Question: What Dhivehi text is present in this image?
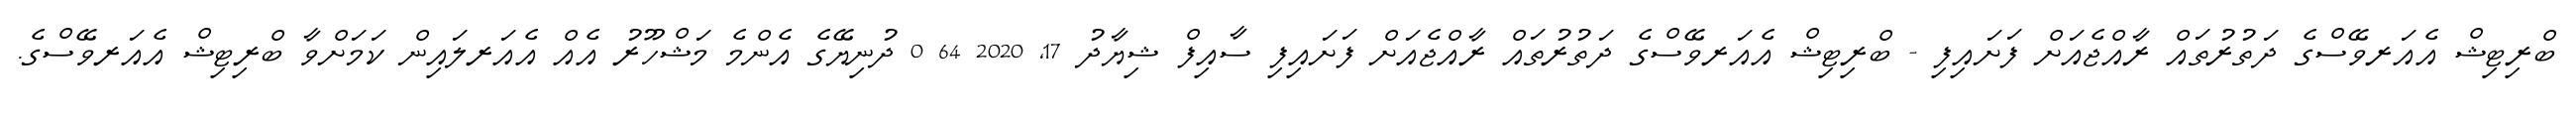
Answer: ބްރިޓިޝް އެއަރވޭސްގެ ދަތުރުތައް ރާއްޖެއަށް ފަށައިފި - ބްރިޓިޝް އެއަރވޭސްގެ ދަތުރުތައް ރާއްޖެއަށް ފަށައިފި ސާއިފް ޝިޔާދު 17, 2020 64 0 ދުނިޔޭގެ އެންމެ މަޝްހޫރު އެއް އެއަރލައިން ކަމަށްވާ ބްރިޓިޝް އެއަރވޭސްގެ.